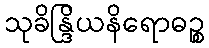
သုခိန္ဒြိယနိရောဓဉ္စ